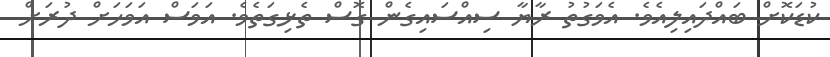
ކުޑަކޮށް ބައްދައިލިއެވެ. އެވަގުތު ރާޔާ ސިއްސައިގެން ގޮސް ތެޅިގަތެވެ. އަވަސް އަވަހަށް ދުރަށް